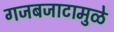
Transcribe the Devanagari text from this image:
गजबजाटामुळे